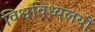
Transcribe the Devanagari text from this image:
विश्वविध्यलयों